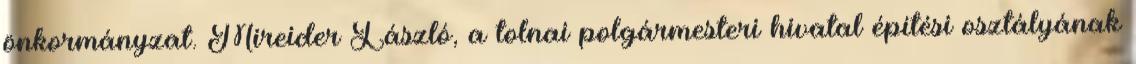
önkormányzat. Mireider László, a tolnai polgármesteri hivatal építési osztályának